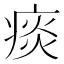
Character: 痰